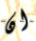
ان